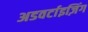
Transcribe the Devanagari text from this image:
अडवर्टाइज़िंग